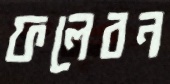
ফলেবন